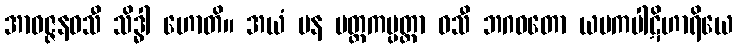
အာဝဇ္ဇနဝသီ သိဒ္ဓါ ဟောတိ။ အယံ ပန မတ္ထကပ္ပတ္တာ ဝသီ ဘဂဝတော ယမကပါဋိဟာရိယေ